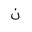
Letter: _non